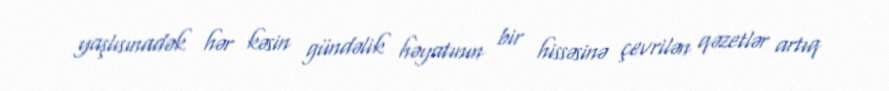
yaşlısınadək hər kəsin gündəlik həyatının bir hissəsinə çevrilən qəzetlər artıq